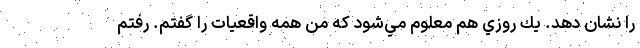
را نشان دهد. يك روزي هم معلوم مي‌شود كه من همه واقعيات را گفتم. رفتم